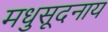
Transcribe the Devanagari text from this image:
मधुसूदनाय